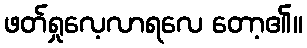
ဖတ်ရှုလေ့လာရလေ တော့၏။